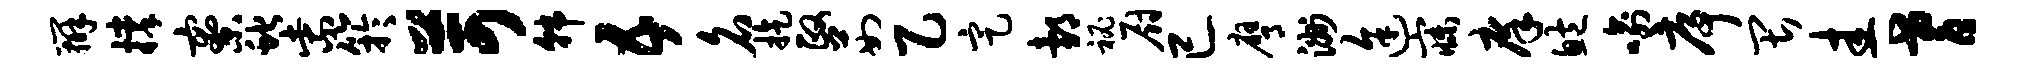
辨撑寮蛇紫竽苛韩五名旋政茹乙定邰秘厨已膺洲途寐庠鲍喻序畏圭耆